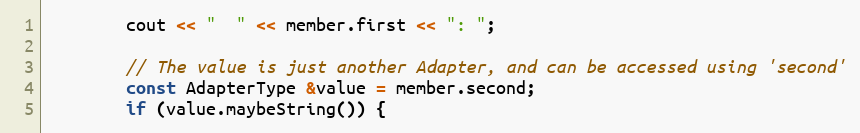
Language: C++
        cout << "  " << member.first << ": ";

        // The value is just another Adapter, and can be accessed using 'second'
        const AdapterType &value = member.second;
        if (value.maybeString()) {